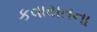
કવાયતના